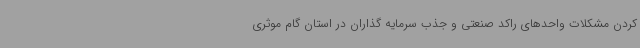
کردن مشکلات واحدهای راکد صنعتی و جذب سرمایه گذاران در استان گام موثری